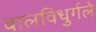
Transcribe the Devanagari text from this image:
बालविधुर्गले